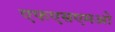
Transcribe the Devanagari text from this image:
एफएसएमओ